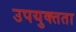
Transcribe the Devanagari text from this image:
उपयुक्‍तता